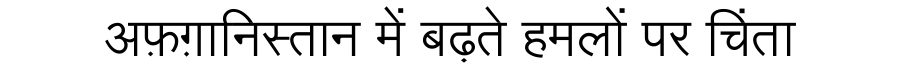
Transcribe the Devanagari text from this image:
अफ़ग़ानिस्तान में बढ़ते हमलों पर चिंता